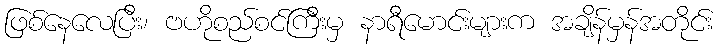
ဖြစ်နေလေပြီး၊ ဗဟိုစည်စင်ကြီးမှ နာရီမောင်းများက အချိန်မှန်အတိုင်း